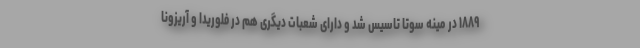
۱۸۸۹ در مینه سوتا تاسیس شد و دارای شعبات دیگری هم در فلوریدا و آریزونا